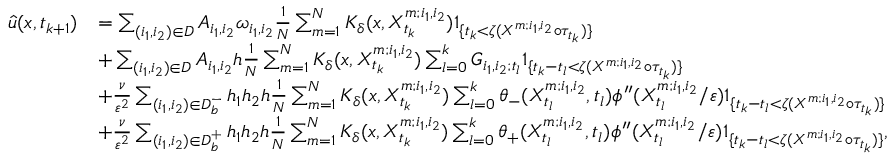
\begin{array} { r l } { \Hat { u } ( x , t _ { k + 1 } ) } & { = \sum _ { ( i _ { 1 } , i _ { 2 } ) \in D } A _ { i _ { 1 } , i _ { 2 } } \omega _ { i _ { 1 } , i _ { 2 } } \frac { 1 } { N } \sum _ { m = 1 } ^ { N } K _ { \delta } ( x , X _ { t _ { k } } ^ { m ; i _ { 1 } , i _ { 2 } } ) 1 _ { \{ t _ { k } < \zeta ( X ^ { m ; i _ { 1 } , i _ { 2 } } \circ \tau _ { t _ { k } } ) \} } } \\ & { + \sum _ { ( i _ { 1 } , i _ { 2 } ) \in D } A _ { i _ { 1 } , i _ { 2 } } h \frac { 1 } { N } \sum _ { m = 1 } ^ { N } K _ { \delta } ( x , X _ { t _ { k } } ^ { m ; i _ { 1 } , i _ { 2 } } ) \sum _ { l = 0 } ^ { k } G _ { i _ { 1 } , i _ { 2 } ; t _ { l } } 1 _ { \{ t _ { k } - t _ { l } < \zeta ( X ^ { m ; i _ { 1 } , i _ { 2 } } \circ \tau _ { t _ { k } } ) \} } } \\ & { + \frac { \nu } { \varepsilon ^ { 2 } } \sum _ { ( i _ { 1 } , i _ { 2 } ) \in D _ { b } ^ { - } } h _ { 1 } h _ { 2 } h \frac { 1 } { N } \sum _ { m = 1 } ^ { N } K _ { \delta } ( x , X _ { t _ { k } } ^ { m ; i _ { 1 } , i _ { 2 } } ) \sum _ { l = 0 } ^ { k } \theta _ { - } ( X _ { t _ { l } } ^ { m ; i _ { 1 } , i _ { 2 } } , t _ { l } ) \phi ^ { \prime \prime } ( X _ { t _ { l } } ^ { m ; i _ { 1 } , i _ { 2 } } / \varepsilon ) 1 _ { \{ t _ { k } - t _ { l } < \zeta ( X ^ { m ; i _ { 1 } , i _ { 2 } } \circ \tau _ { t _ { k } } ) \} } } \\ & { + \frac { \nu } { \varepsilon ^ { 2 } } \sum _ { ( i _ { 1 } , i _ { 2 } ) \in D _ { b } ^ { + } } h _ { 1 } h _ { 2 } h \frac { 1 } { N } \sum _ { m = 1 } ^ { N } K _ { \delta } ( x , X _ { t _ { k } } ^ { m ; i _ { 1 } , i _ { 2 } } ) \sum _ { l = 0 } ^ { k } \theta _ { + } ( X _ { t _ { l } } ^ { m ; i _ { 1 } , i _ { 2 } } , t _ { l } ) \phi ^ { \prime \prime } ( X _ { t _ { l } } ^ { m ; i _ { 1 } , i _ { 2 } } / \varepsilon ) 1 _ { \{ t _ { k } - t _ { l } < \zeta ( X ^ { m ; i _ { 1 } , i _ { 2 } } \circ \tau _ { t _ { k } } ) \} } , } \end{array}